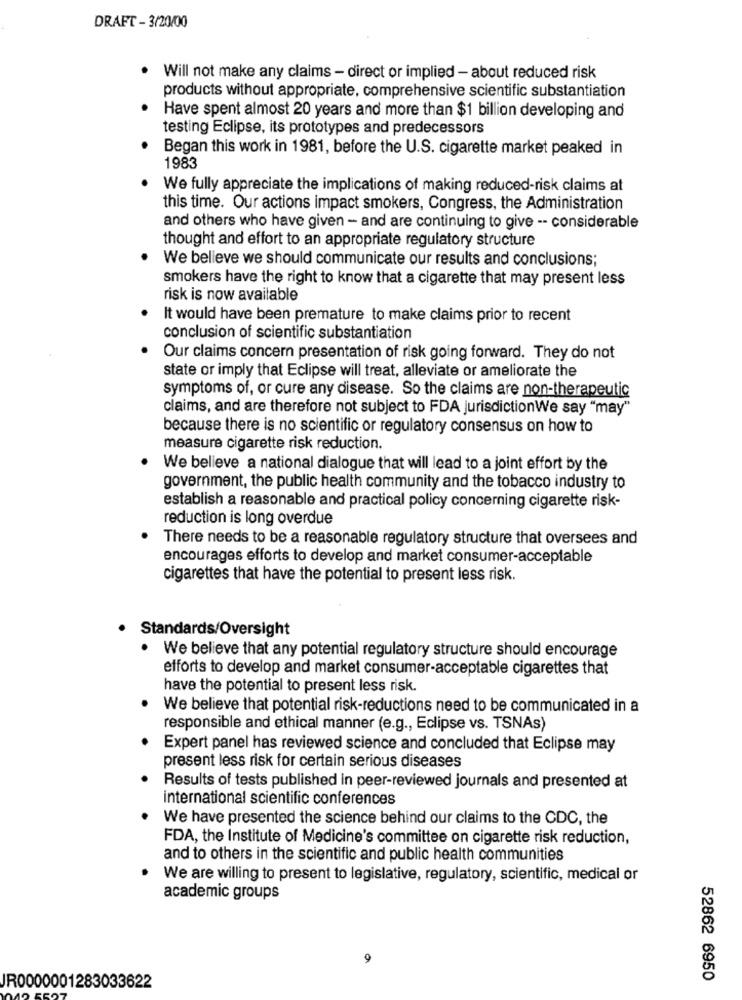
DRAFT - 3/20/00
. Will not make any claims - direct or implied - about reduced risk
products without appropriate, comprehensive scientific substantiation
Have spent almost 20 years and more than $1 billion developing and
testing Eclipse, its prototypes and predecessors
Began this work in 1981, before the U.S. cigarette market peaked in
1983
We fully appreciate the implications of making reduced-risk claims at
this time. Our actions impact smokers, Congress, the Administration
and others who have given - and are continuing to give -- considerable
thought and effort to an appropriate regulatory structure
We believe we should communicate our results and conclusions;
smokers have the right to know that a cigarette that may present less
risk is now available
It would have been premature to make claims prior to recent
conclusion of scientific substantiation
Our claims concern presentation of risk going forward. They do not
state or imply that Eclipse will treat, alleviate or ameliorate the
symptoms of, or cure any disease. So the claims are non-therapeutic
claims, and are therefore not subject to FDA jurisdictionWe say "may"
because there is no scientific or regulatory consensus on how to
measure cigarette risk reduction.
We believe a national dialogue that will lead to a joint effort by the
government, the public health community and the tobacco industry to
establish a reasonable and practical policy concerning cigarette risk-
reduction is long overdue
There needs to be a reasonable regulatory structure that oversees and
encourages efforts to develop and market consumer-acceptable
cigarettes that have the potential to present less risk.
Standards/Oversight
. We believe that any potential regulatory structure should encourage
efforts to develop and market consumer-acceptable cigarettes that
have the potential to present less risk.
We believe that potential risk-reductions need to be communicated in a
responsible and ethical manner (e.g ., Eclipse vs. TSNAs)
Expert panel has reviewed science and concluded that Eclipse may
present less risk for certain serious diseases
Results of tests published in peer-reviewed journals and presented at
international scientific conferences
We have presented the science behind our claims to the CDC, the
FDA, the Institute of Medicine's committee on cigarette risk reduction,
and to others in the scientific and public health communities
We are willing to present to legislative, regulatory, scientific, medical or
academic groups
52862 6950
IR0000001283033622